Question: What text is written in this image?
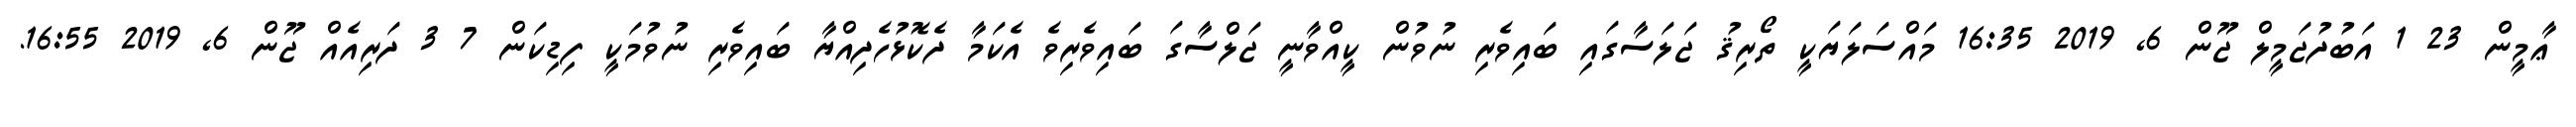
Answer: ޢާމީން 23 1 އަބުދުޖަމީލް ޖޫން 6, 2019 16:35 މައްސަލަޔަކީ ތޯރިޤު ޖަލަސާގައި ބައިވެރި ނުވުން ކީއްވާނީ ޖަލްސާގަ ބައިވެރިވެ އެކަމާ ދެކޮޅުހެދިއްޔާ ބައިވެރި ނުވުމަކީ ފިޑިކަން 7 3 ދަރިއެއް ޖޫން 6, 2019 16:55.